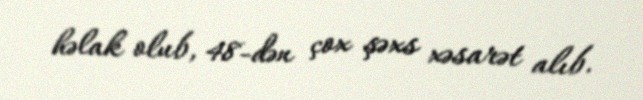
həlak olub, 48-dən çox şəxs xəsarət alıb.